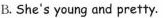
B. She's young and pretty.